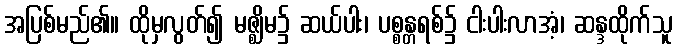
အပြစ်မည်၏။ ထိုမှလွတ်၍ မဇ္ဈိမ၌ ဆယ်ပါး၊ ပစ္စန္တရစ်၌ ငါးပါးလာအံ့၊ ဆန္ဒထိုက်သူ